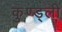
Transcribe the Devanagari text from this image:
कुण्ड्ली